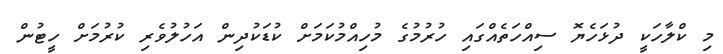
މި ކްލާހަކީ ދުޅަހެޔޮ ސިއްހަތެއްގައި ހުރުމުގެ މުހިއްމުކަމަށް ކުޑަކުދިން އަހުލުވެރި ކުރުމަށް ހީޓުން